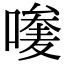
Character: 𠿆